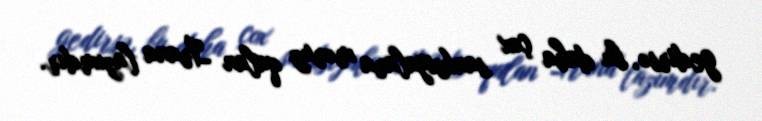
gedirsə, bu daha çox sanksiyalara məruz qalan İrana lazımdır.